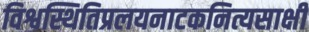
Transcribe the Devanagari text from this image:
विश्वस्थितिप्रलयनाटकनित्यसाक्षी